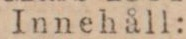
Innehåll: